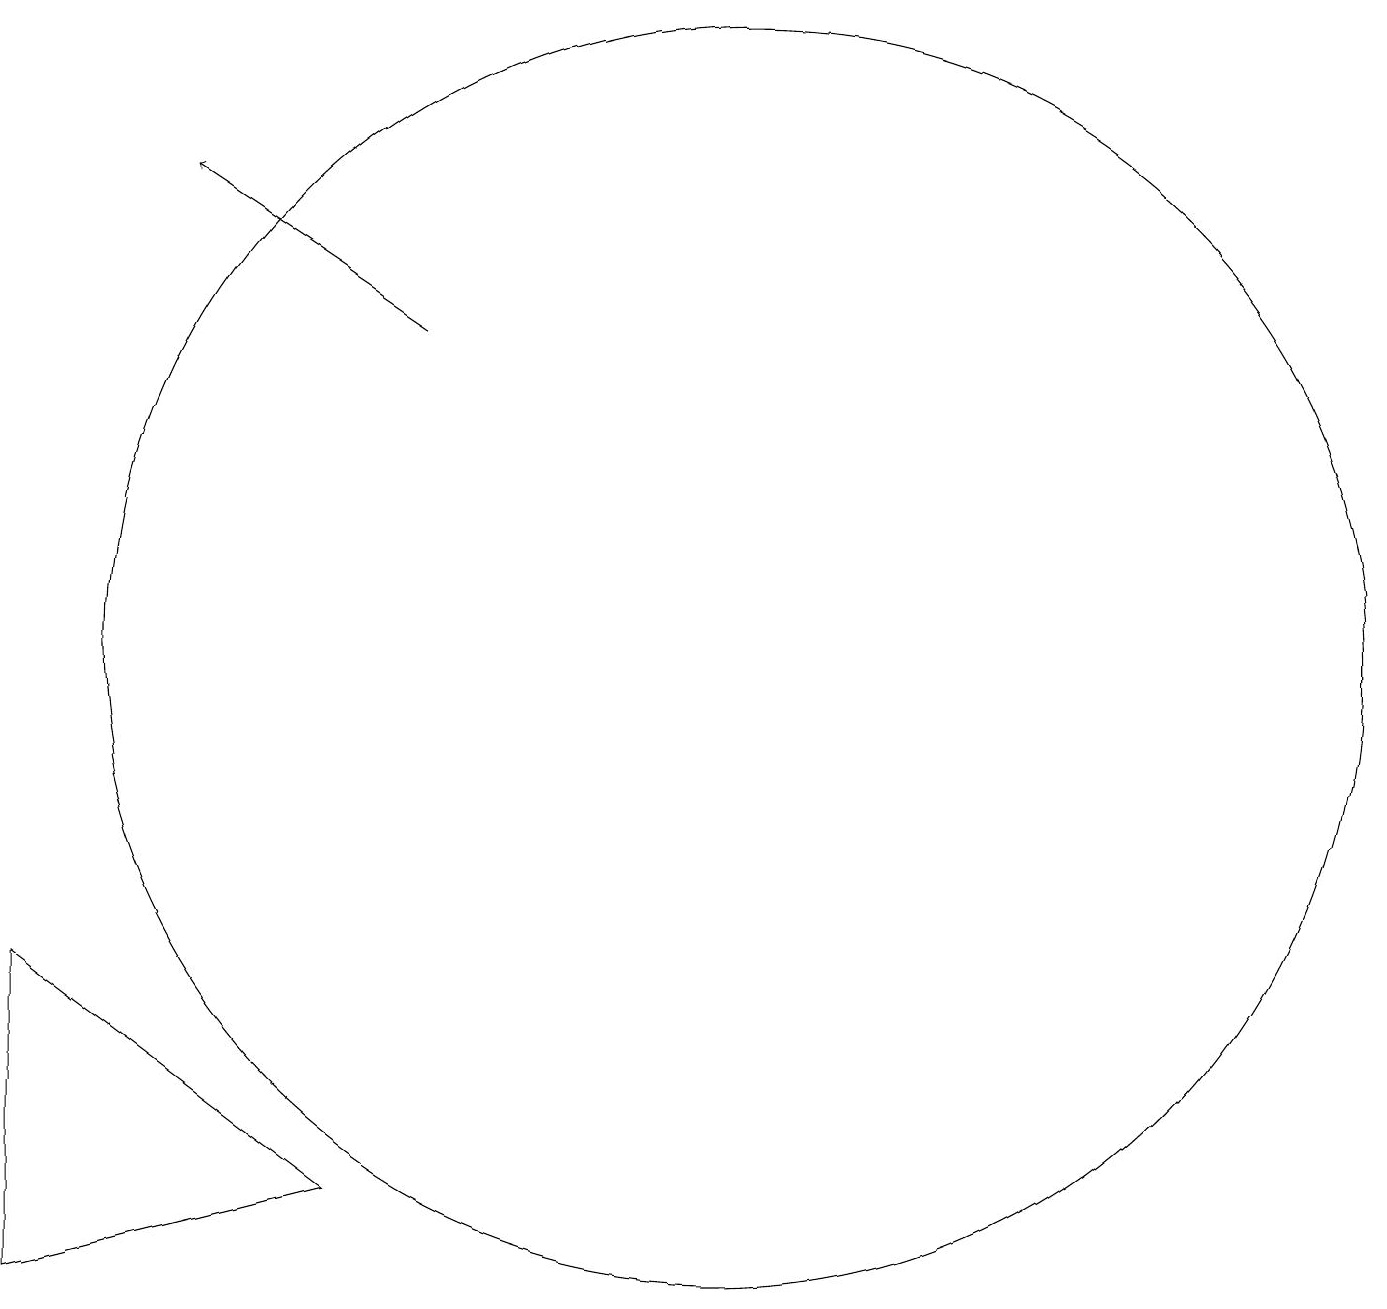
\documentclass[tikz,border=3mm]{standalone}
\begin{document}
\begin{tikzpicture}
\draw (2,3) -- (2,7) -- (6,4) -- cycle;
\draw (11,11) circle (8);
\draw[->] (7,15) -- (4,17);
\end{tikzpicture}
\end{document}